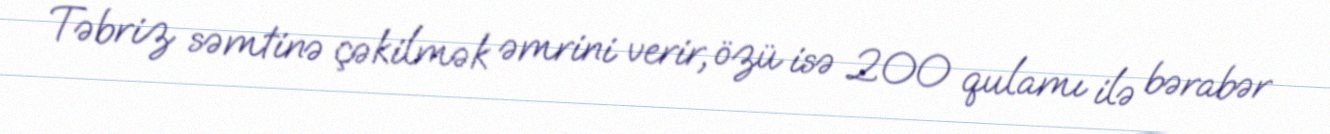
Təbriz səmtinə çəkilmək əmrini verir, özü isə 200 qulamı ilə bərabər